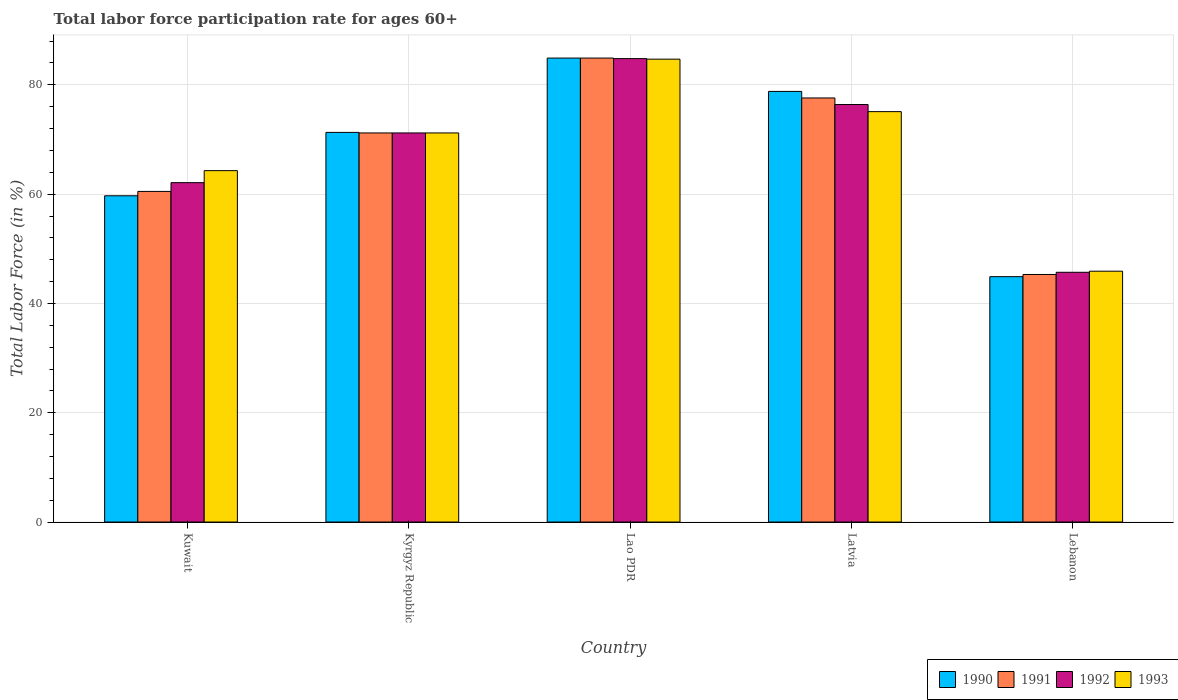
| Country | 1990 | 1991 | 1992 | 1993 |
 | --- | --- | --- | --- | --- |
 | Kuwait | 59.7 | 60.5 | 62.1 | 64.3 |
 | Kyrgyz Republic | 71.3 | 71.2 | 71.2 | 71.2 |
 | Lao PDR | 84.9 | 84.9 | 84.8 | 84.7 |
 | Latvia | 78.8 | 77.6 | 76.4 | 75.1 |
 | Lebanon | 44.9 | 45.3 | 45.7 | 45.9 |